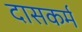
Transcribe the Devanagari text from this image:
दासकर्म